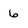
Character: 6